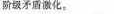
阶级矛盾激化。